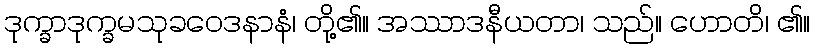
ဒုက္ခာဒုက္ခမသုခဝေဒနာနံ၊ တို့၏။ အဿာဒနီယတာ၊ သည်။ ဟောတိ၊ ၏။